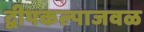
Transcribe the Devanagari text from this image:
द्वीपकल्पाजवळ